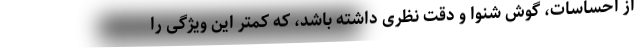
از احساسات، گوش شنوا و دقت نظری داشته باشد، که کمتر این ویژگی را